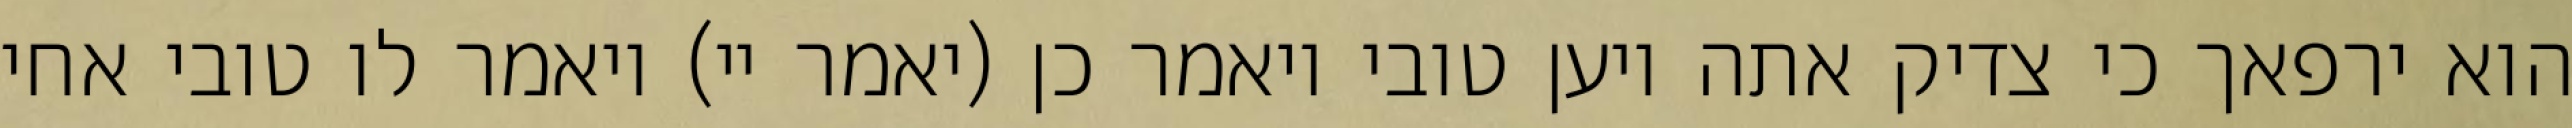
הוא ירפאך כי צדיק אתה ויען טובי ויאמר כן (יאמר יי) ויאמר לו טובי אחי